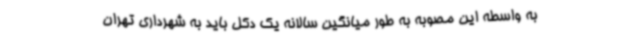
به واسطه این مصوبه به طور میانگین سالانه یک دکل باید به شهرداری تهران